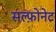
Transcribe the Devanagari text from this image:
सल्फ़ोनेट